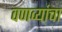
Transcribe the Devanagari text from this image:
वणव्यांचा